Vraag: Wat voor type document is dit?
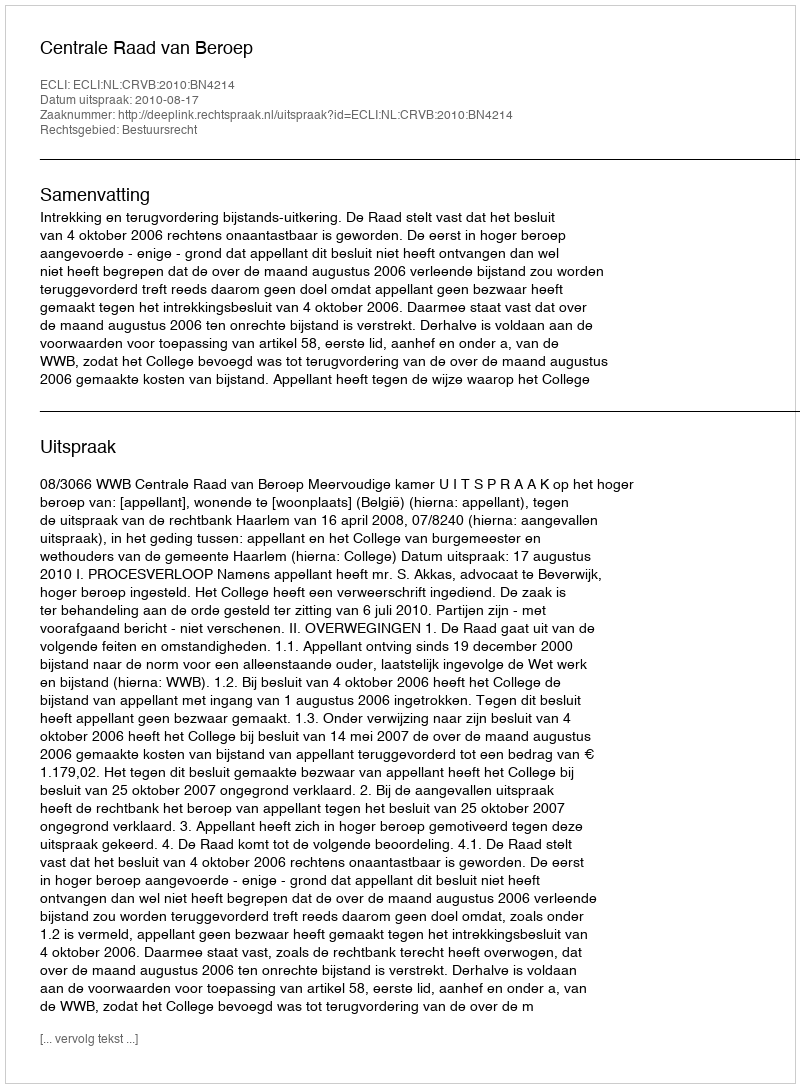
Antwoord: Uitspraak